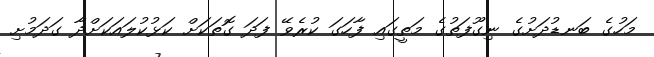
މަހުގެ ބަނޑުދަށުގެ ނިގޫފަތުގެ މަތީގައި ފާހަގަ ކުރެވޭ ފަދަ ގޮތަކަށް ކަޅުކުލައަކަށްދާ ގަދަމުށި